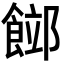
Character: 𩜛